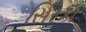
સિરકા